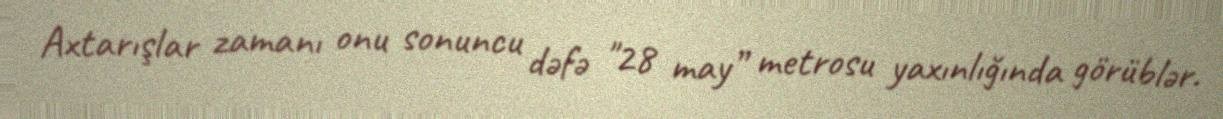
Axtarışlar zamanı onu sonuncu dəfə "28 may” metrosu yaxınlığında görüblər.